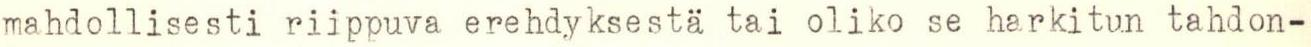
mahdollisesti riippuva erehdyksestä tai oliko se harkitun tahdon-